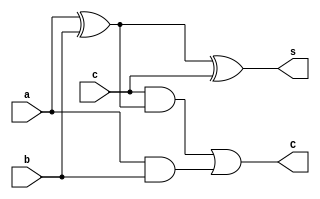
`timescale 1ns/1ps
module CSA1(
    output wire C,
    output  wire s,
    input  wire a,
    input  wire b,
    input  wire c
);

    wire aandb;
    wire cab;
    wire axorb;
    // wire p;

    xor x(axorb,a,b);
    and a2(aandb,a,b);
    and a1(cab,c,axorb);
    or o(C,cab,aandb);
    xor x1(s,a,b,c);

endmodule